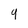
Character: 4